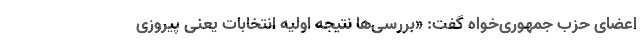
اعضای حزب جمهوری‌خواه گفت: «بررسی‌ها نتیجه اولیه انتخابات یعنی پیروزی